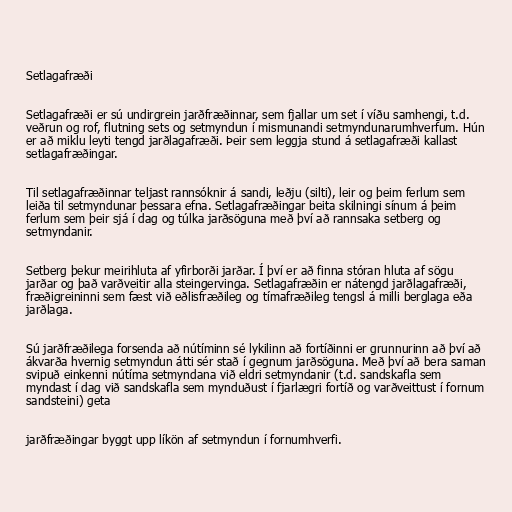
Setlagafræði

Setlagafræði er sú undirgrein jarðfræðinnar, sem fjallar um set í víðu samhengi, t.d.
veðrun og rof, flutning sets og setmyndun í mismunandi setmyndunarumhverfum. Hún
er að miklu leyti tengd jarðlagafræði. Þeir sem leggja stund á setlagafræði kallast
setlagafræðingar.

Til setlagafræðinnar teljast rannsóknir á sandi, leðju (silti), leir og þeim ferlum sem
leiða til setmyndunar þessara efna. Setlagafræðingar beita skilningi sínum á þeim
ferlum sem þeir sjá í dag og túlka jarðsöguna með því að rannsaka setberg og
setmyndanir.

Setberg þekur meirihluta af yfirborði jarðar. Í því er að finna stóran hluta af sögu
jarðar og það varðveitir alla steingervinga. Setlagafræðin er nátengd jarðlagafræði,
fræðigreininni sem fæst við eðlisfræðileg og tímafræðileg tengsl á milli berglaga eða
jarðlaga.

Sú jarðfræðilega forsenda að nútíminn sé lykilinn að fortíðinni er grunnurinn að því að
ákvarða hvernig setmyndun átti sér stað í gegnum jarðsöguna. Með því að bera saman
svipuð einkenni nútíma setmyndana við eldri setmyndanir (t.d. sandskafla sem
myndast í dag við sandskafla sem mynduðust í fjarlægri fortíð og varðveittust í fornum
sandsteini) geta

jarðfræðingar byggt upp líkön af setmyndun í fornumhverfi.